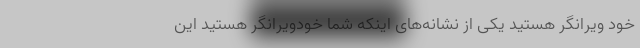
خود ویرانگر هستید یکی از نشانه‌های اینکه شما خودویرانگر هستید این